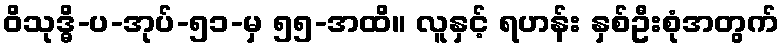
ဝိသုဒ္ဓိ-ပ-အုပ်-၅၁-မှ ၅၅-အထိ။ လူနှင့် ရဟန်း နှစ်ဦးစုံအတွက်